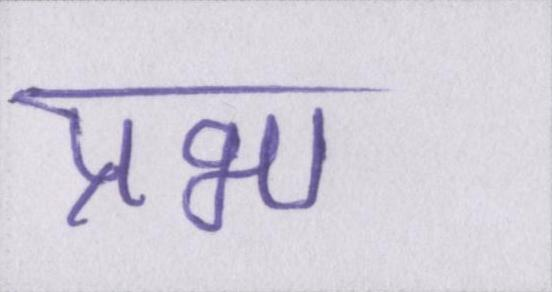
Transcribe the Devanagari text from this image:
प्रभा